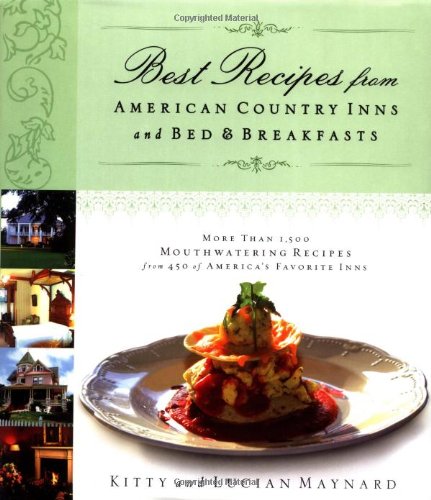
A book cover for Best Recipes from American Country Inns and Bed & Breakfasts; Kitty Maynard; Travel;